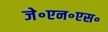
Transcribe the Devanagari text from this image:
जे॰एन॰एस॰